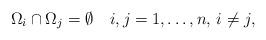
LaTeX: \begin{align*}\Omega_i\cap\Omega_j=\emptyset \quad i,j= 1,\dots,n ,\, i\neq j,\end{align*}